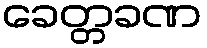
ခေတ္တခဏ